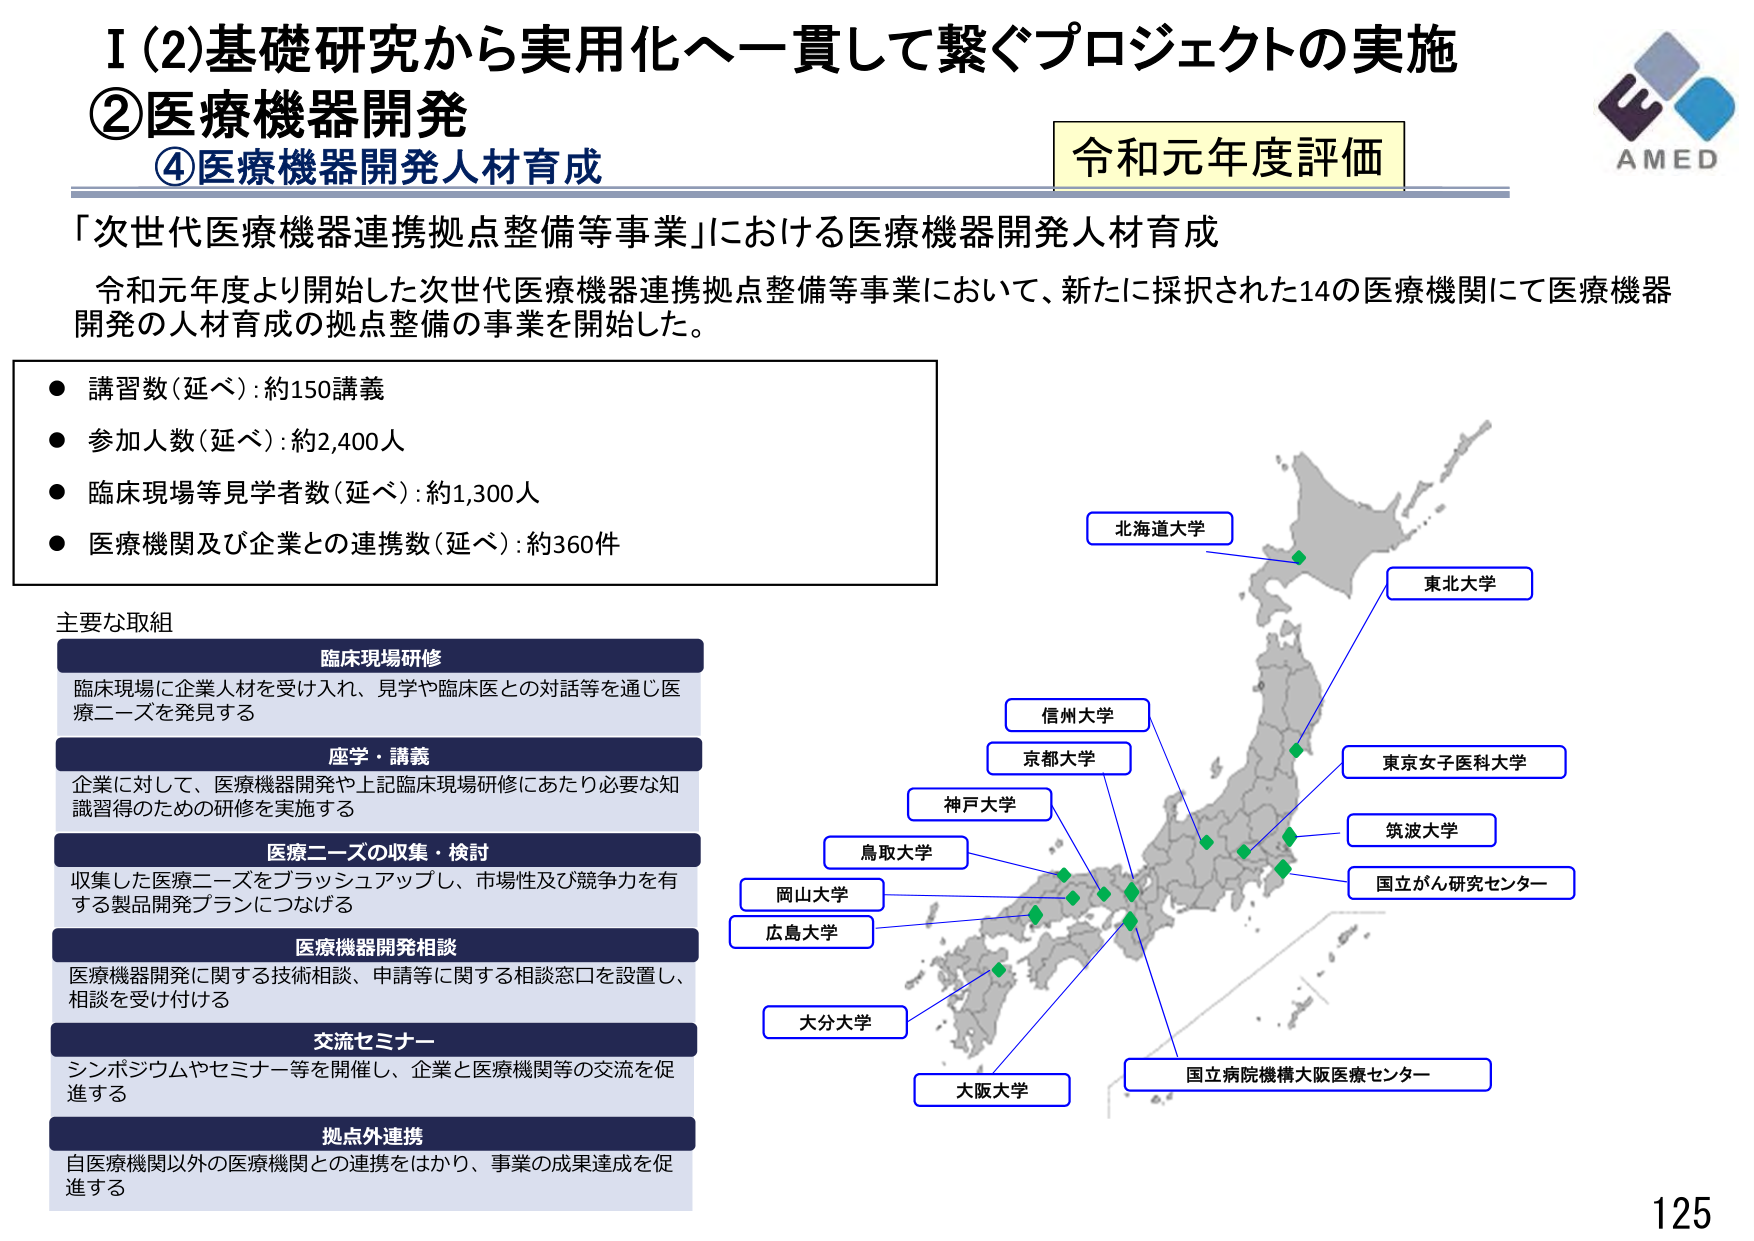
I (2) 基礎研究から実用化へ一貫して繋ぐプロジェクトの実施
② 医療機器開発
④ 医療機器開発人材育成

令和元年度評価

「次世代医療機器連携拠点整備等事業」における医療機器開発人材育成

令和元年度より開始した次世代医療機器連携拠点整備等事業において、新たに採択された14の医療機関にて医療機器開発の人材育成の拠点整備の事業を開始した。

● 講習数（延べ）：約150講義
● 参加人数（延べ）：約2,400人
● 臨床現場等見学者数（延べ）：約1,300人
● 医療機関及び企業との連携数（延べ）：約360件

主要な取組

臨床現場研修
臨床現場に企業人材を受け入れ、見学や臨床医との対話等を通じ医療ニーズを発見する

座学・講義
企業に対して、医療機器開発や上記臨床現場研修にあたり必要な知識習得のための研修を実施する

医療ニーズの収集・検討
収集した医療ニーズをブラッシュアップし、市場性及び競争力を有する製品開発プランにつなげる

医療機器開発相談
医療機器開発に関する技術相談、申請等に関する相談窓口を設置し、相談を受け付ける

交流セミナー
シンポジウムやセミナー等を開催し、企業と医療機関等の交流を促進する

拠点外連携
自医療機関以外の医療機関との連携をはかり、事業の成果達成を促進する

北海道大学
東北大学
信州大学
京都大学
神戸大学
鳥取大学
岡山大学
広島大学
大分大学
大阪大学
国立病院機構大阪医療センター
東京女子医科大学
筑波大学
国立がん研究センター

AMED
125